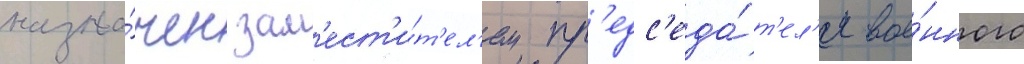
назна́чен зам'ест'и́т'ел'ем пр'едс'еда́т'ел'я вое́нного